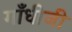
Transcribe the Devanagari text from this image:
गाँधीजी